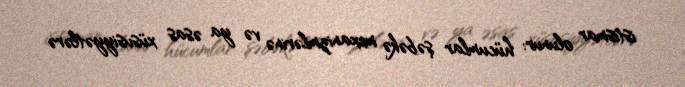
istismar olunur: hücumlar şəbəkə mexanizmlərinə və ya əsas xüsusiyyətlərə